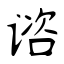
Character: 谘